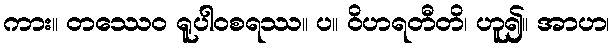
ကား။ တဿေဝ ရူပါဝစရဿ။ ပ။ ဝိဟရတီတိ၊ ဟူ၍။ အာဟ၊